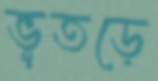
ভূতড়ে